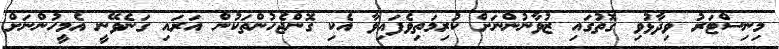
މިނިސްޓަރު ވިދާޅުވި ގޮތުގައި ޒުވާނުންނަށް ކުރިމަތިވެފައިވާ އެކި ގޮންޖެހުންތަކުން އަރައި ގަނެވޭނީ އެމީހުންނަށް